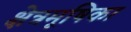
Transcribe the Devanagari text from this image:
क्षेत्रमूषिका